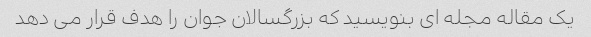
یک مقاله مجله ای بنویسید که بزرگسالان جوان را هدف قرار می دهد